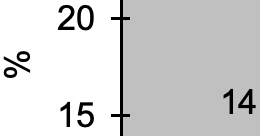
20 % 14 15